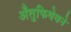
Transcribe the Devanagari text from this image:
अँतुफियेवने